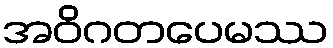
အဝိဂတပေမဿ